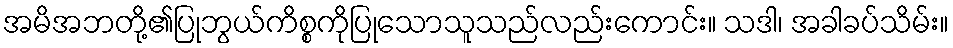
အမိအဘတို့၏ပြုဘွယ်ကိစ္စကိုပြုသောသူသည်လည်းကောင်း။ သဒါ၊ အခါခပ်သိမ်း။